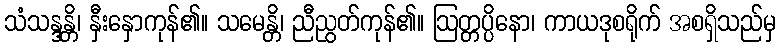
သံသန္ဒန္တိ၊ နှီးနှောကုန်၏။ သမေန္တိ၊ ညီညွတ်ကုန်၏။ ဩတ္တပ္ပိနော၊ ကာယဒုစရိုက် အစရှိသည်မှ